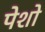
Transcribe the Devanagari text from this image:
पेशो